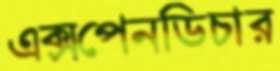
এক্সপেনডিচার